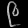
Digit: ၉